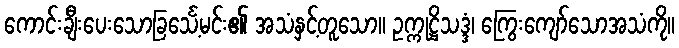
ကောင်းချီးပေးသောခြင်္သေ့မင်း၏ အသံနှင့်တူသော။ ဥက္ကုဋ္ဌိသဒ္ဒံ၊ ကြွေးကျော်သောအသံကို။